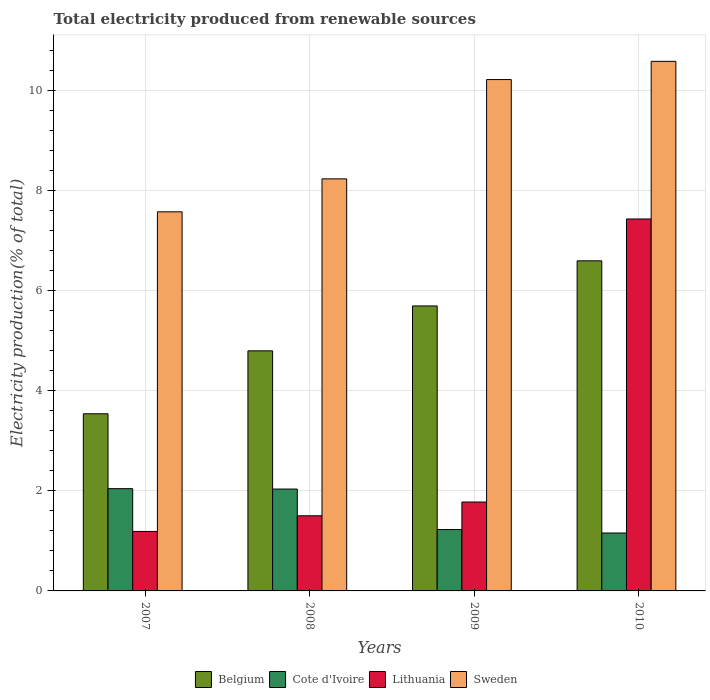
| Years | Belgium | Cote d'Ivoire | Lithuania | Sweden |
 | --- | --- | --- | --- | --- |
 | 2007 | 3.54 | 2.04 | 1.19 | 7.57 |
 | 2008 | 4.8 | 2.03 | 1.5 | 8.23 |
 | 2009 | 5.69 | 1.23 | 1.78 | 10.2 |
 | 2010 | 6.59 | 1.16 | 7.43 | 10.6 |